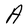
Character: A